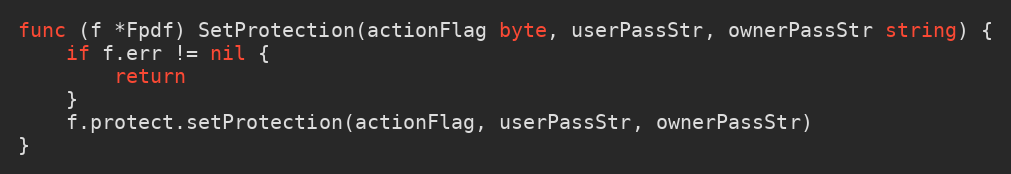
Language: Go
func (f *Fpdf) SetProtection(actionFlag byte, userPassStr, ownerPassStr string) {
	if f.err != nil {
		return
	}
	f.protect.setProtection(actionFlag, userPassStr, ownerPassStr)
}